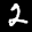
Label: 2